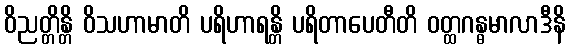
ဝိညတ္တိန္တိ ဝိသဟာမာတိ ပရိဟာရန္တိ ပရိတာပေတီတိ ဝတ္ထဂန္ဓမာလာဒီနိ